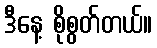
ဒီနေ့ စိုစွတ်တယ်။